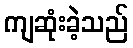
ကျဆုံးခဲ့သည်